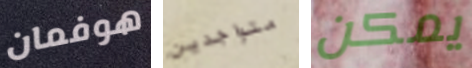
هوفمان متواجدين يمكن